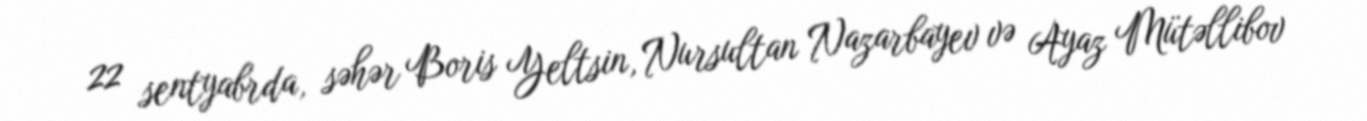
22 sentyabrda, səhər Boris Yeltsin, Nursultan Nazarbayev və Ayaz Mütəllibov